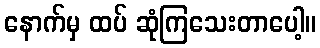
နောက်မှ ထပ် ဆုံကြသေးတာပေါ့။